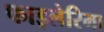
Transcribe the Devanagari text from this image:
फाइलेरिमा